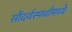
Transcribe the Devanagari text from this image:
सौंदर्यस्पर्धांमध्ये